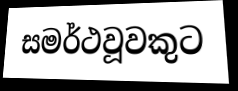
සමර්ථවූවකුට